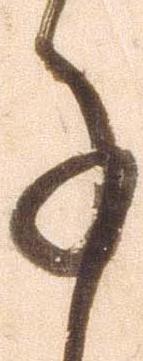
事